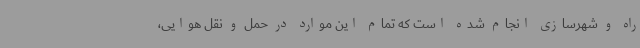
راه و شهرسازی انجام شده است که تمام این موارد در حمل و نقل هوایی،